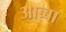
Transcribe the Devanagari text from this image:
आब्बा